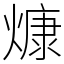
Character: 𤎖